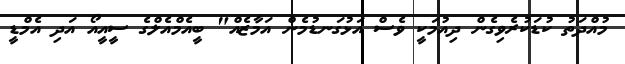
މުއްދަތު ކުޑަކުރެވިގެން ދިއުމަކީ ވެސް އަޅުގަނޑުމެން އަމާޒެއް" ބީއެމްއެލްގެ ސީއީއޯ އަދި އެމްޑީ